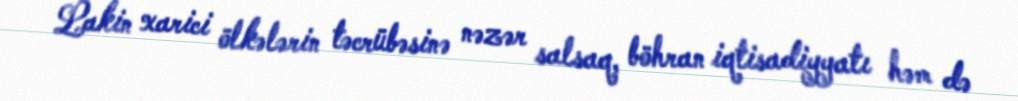
Lakin xarici ölkələrin təcrübəsinə nəzər salsaq, böhran iqtisadiyyatı həm də